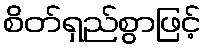
စိတ်ရှည်စွာဖြင့်